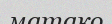
матако